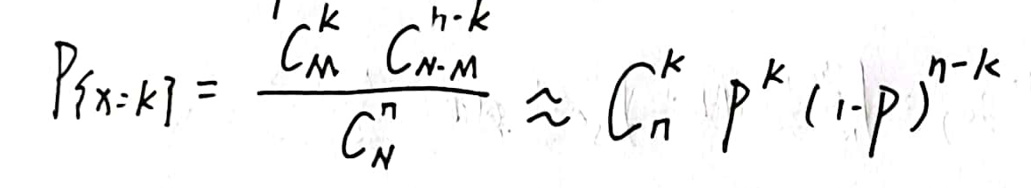
\[
P\{X = k\} = \frac{C_{M}^{k}C_{N - M}^{n - k}}{C_{N}^{n}} \approx C_{n}^{k}p^{k}(1 - p)^{n - k}
\]